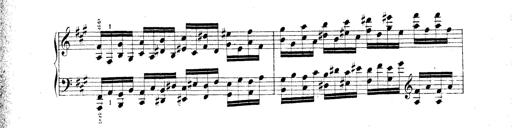
Title: Technische Studien
Composer: Franz Liszt